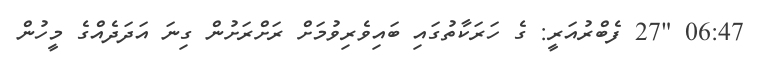
06:47 "27 ފެބްރުއަރީ: ގެ ހަރަކާތުގައި ބައިވެރިވުމަށް ރަށްރަށުން ގިނަ އަދަދެއްގެ މީހުން